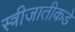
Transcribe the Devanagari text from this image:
स्त्रीजातीकडे